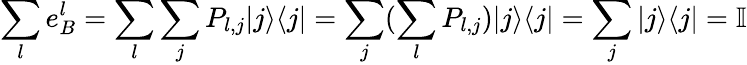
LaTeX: \sum_{l}e_{B}^{l}=\sum_{l}\sum_{j}P_{l,j}|j\rangle\langle j|=\sum_{j}(\sum_{l}P_{l,j})|j\rangle\langle j|=\sum_{j}|j\rangle\langle j|=\mathbb{I}